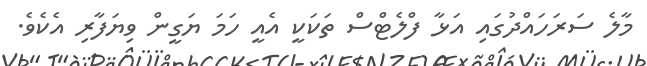
މާލެ ސަރަހައްދުގައި އަޅާ ފްލެޓްސް ތަކަކީ އެއީ ހަމަ ޔަގީން ވިޔަފާރި އެކެވެ.